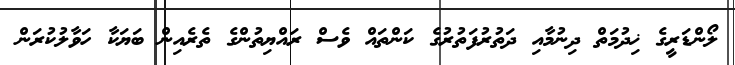
ލޯންޑަރީގެ ޚިދުމަތް ދިނުމާއި ދަތުރުފަތުރުގެ ކަންތައް ވެސް ރައްޔިތުންގެ ތެރެއިން ބަޔަކާ ހަވާލުކުރަން